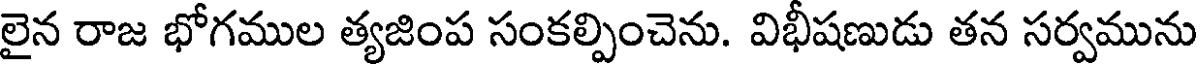
లైన రాజ భోగముల త్యజింప సంకల్పించెను. విభీషణుడు తన సర్వమును